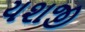
યશજી